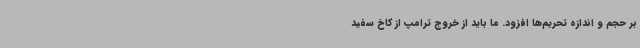
بر حجم و اندازه تحریم‌ها افزود. ما باید از خروج ترامپ از کاخ سفید